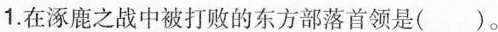
1.在涿鹿之战中被打败的东方部落首领是()。